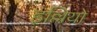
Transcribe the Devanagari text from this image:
इल्लियो